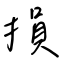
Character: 損